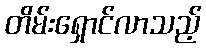
တိမ်းရှောင်လာသည့်